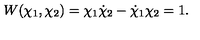
W ( \chi _ { 1 } , \chi _ { 2 } ) = \chi _ { 1 } \dot { \chi } _ { 2 } - \dot { \chi } _ { 1 } \chi _ { 2 } = 1 .